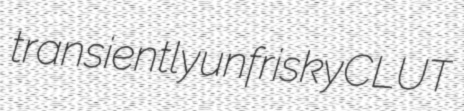
transiently unfrisky CLUT